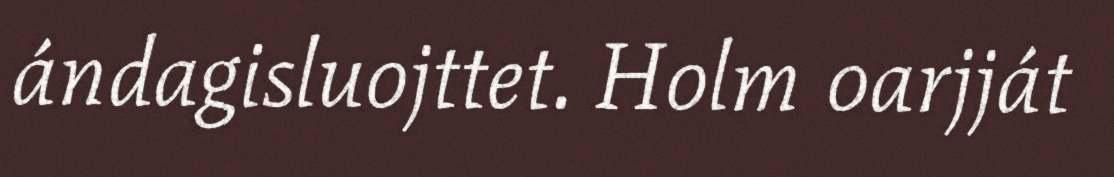
ándagisluojttet. Holm oarjját